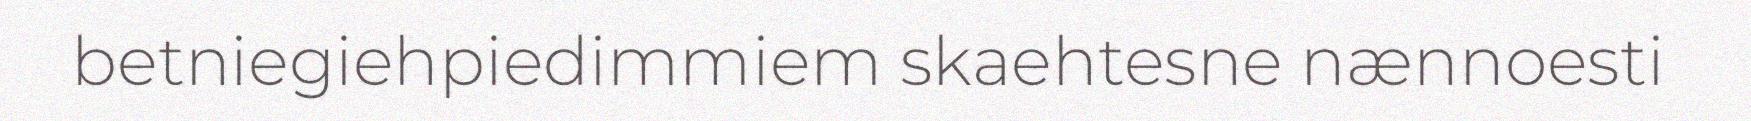
betniegiehpiedimmiem skaehtesne nænnoesti